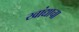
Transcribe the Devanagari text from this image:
खांद्याचा